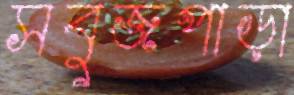
সবুজপাড়া